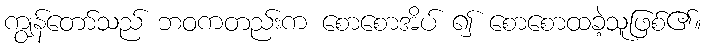
ကျွန်တော်သည် ဘဝကတည်းက စောစောအိပ် ၍ စောစောထခဲ့သူဖြစ်၏။